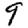
Digit: 9